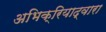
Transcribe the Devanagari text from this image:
अभिक्रियाद्वारा